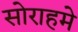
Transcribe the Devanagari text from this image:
सोराहमे